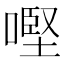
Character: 𠼤